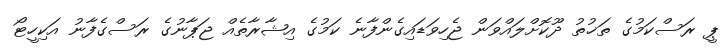
ޕީ ރަސްކަމުގެ ތަޚުތު ދޫކޮށްލައްވަން ޖެހިވަޑައިގެންފާނެ ކަމުގެ އިޝާރާތެއް ޖަޕާނުގެ ރަސްގެފާނު އަކިހީޓޯ